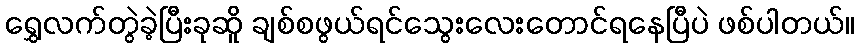
ရွှေလက်တွဲခဲ့ပြီးခုဆိူ ချစ်စဖွယ်ရင်သွေးလေးတောင်ရနေပြီပဲ ဖစ်ပါတယ်။